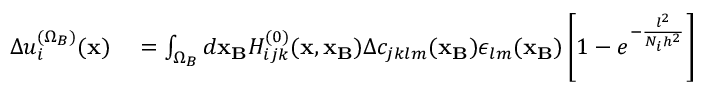
\begin{array} { r l } { \Delta u _ { i } ^ { ( \Omega _ { B } ) } ( { \bf x } ) } & { { } = \int _ { \Omega _ { B } } d { \bf x _ { B } } H _ { i j k } ^ { ( 0 ) } ( { \bf x } , { \bf x _ { B } } ) \Delta c _ { j k l m } ( { \bf x _ { B } } ) \epsilon _ { l m } ( { \bf x _ { B } } ) \left[ 1 - e ^ { - \frac { l ^ { 2 } } { N _ { i } h ^ { 2 } } } \right] } \end{array}